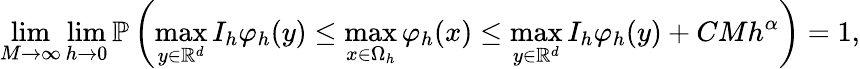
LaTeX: \operatorname*{lim}_{M\to\infty}\operatorname*{lim}_{h\to 0}\mathbb{P}\left(\operatorname*{max}_{y\in\mathbb{R}^{d}}I_{h}\varphi_{h}(y)\le\operatorname*{max}_{x\in\Omega_{h}}\varphi_{h}(x)\le\operatorname*{max}_{y\in\mathbb{R}^{d}}I_{h}\varphi_{h}(y)+CMh^{\alpha}\right)=1,